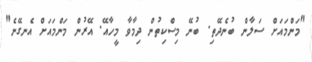
"މަންމައަށް ސަލާން ބުނެދޭތި. ބުނޭ މިސްކިތުން ދިމާވާ މީހާއޭ. އޭރުން މަންމައަށް އެނގޭނެ"